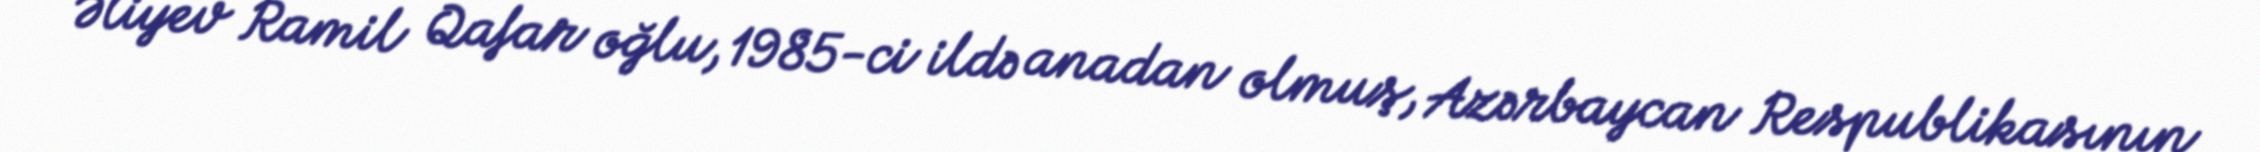
Əliyev Ramil Qafar oğlu, 1985-ci ildə anadan olmuş, Azərbaycan Respublikasının